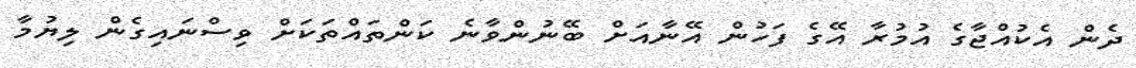
ދެން އެކުއްޖާގެ އުމުރާ އޭގެ ފަހުން އޭނާއަށް ބޭނުންވާނެ ކަންތައްތަކަށް ވިސްނައިގެން ލިޔުމާ